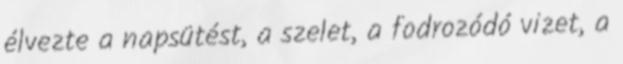
élvezte a napsütést, a szelet, a fodrozódó vizet, a